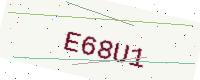
Text: E68U1